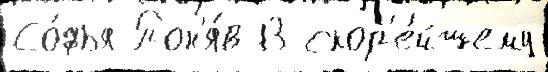
Со́фья Пон'я́в 13 скор'е́йшему